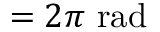
= 2 \pi { \mathrm { ~ r a d } }